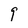
Character: 9